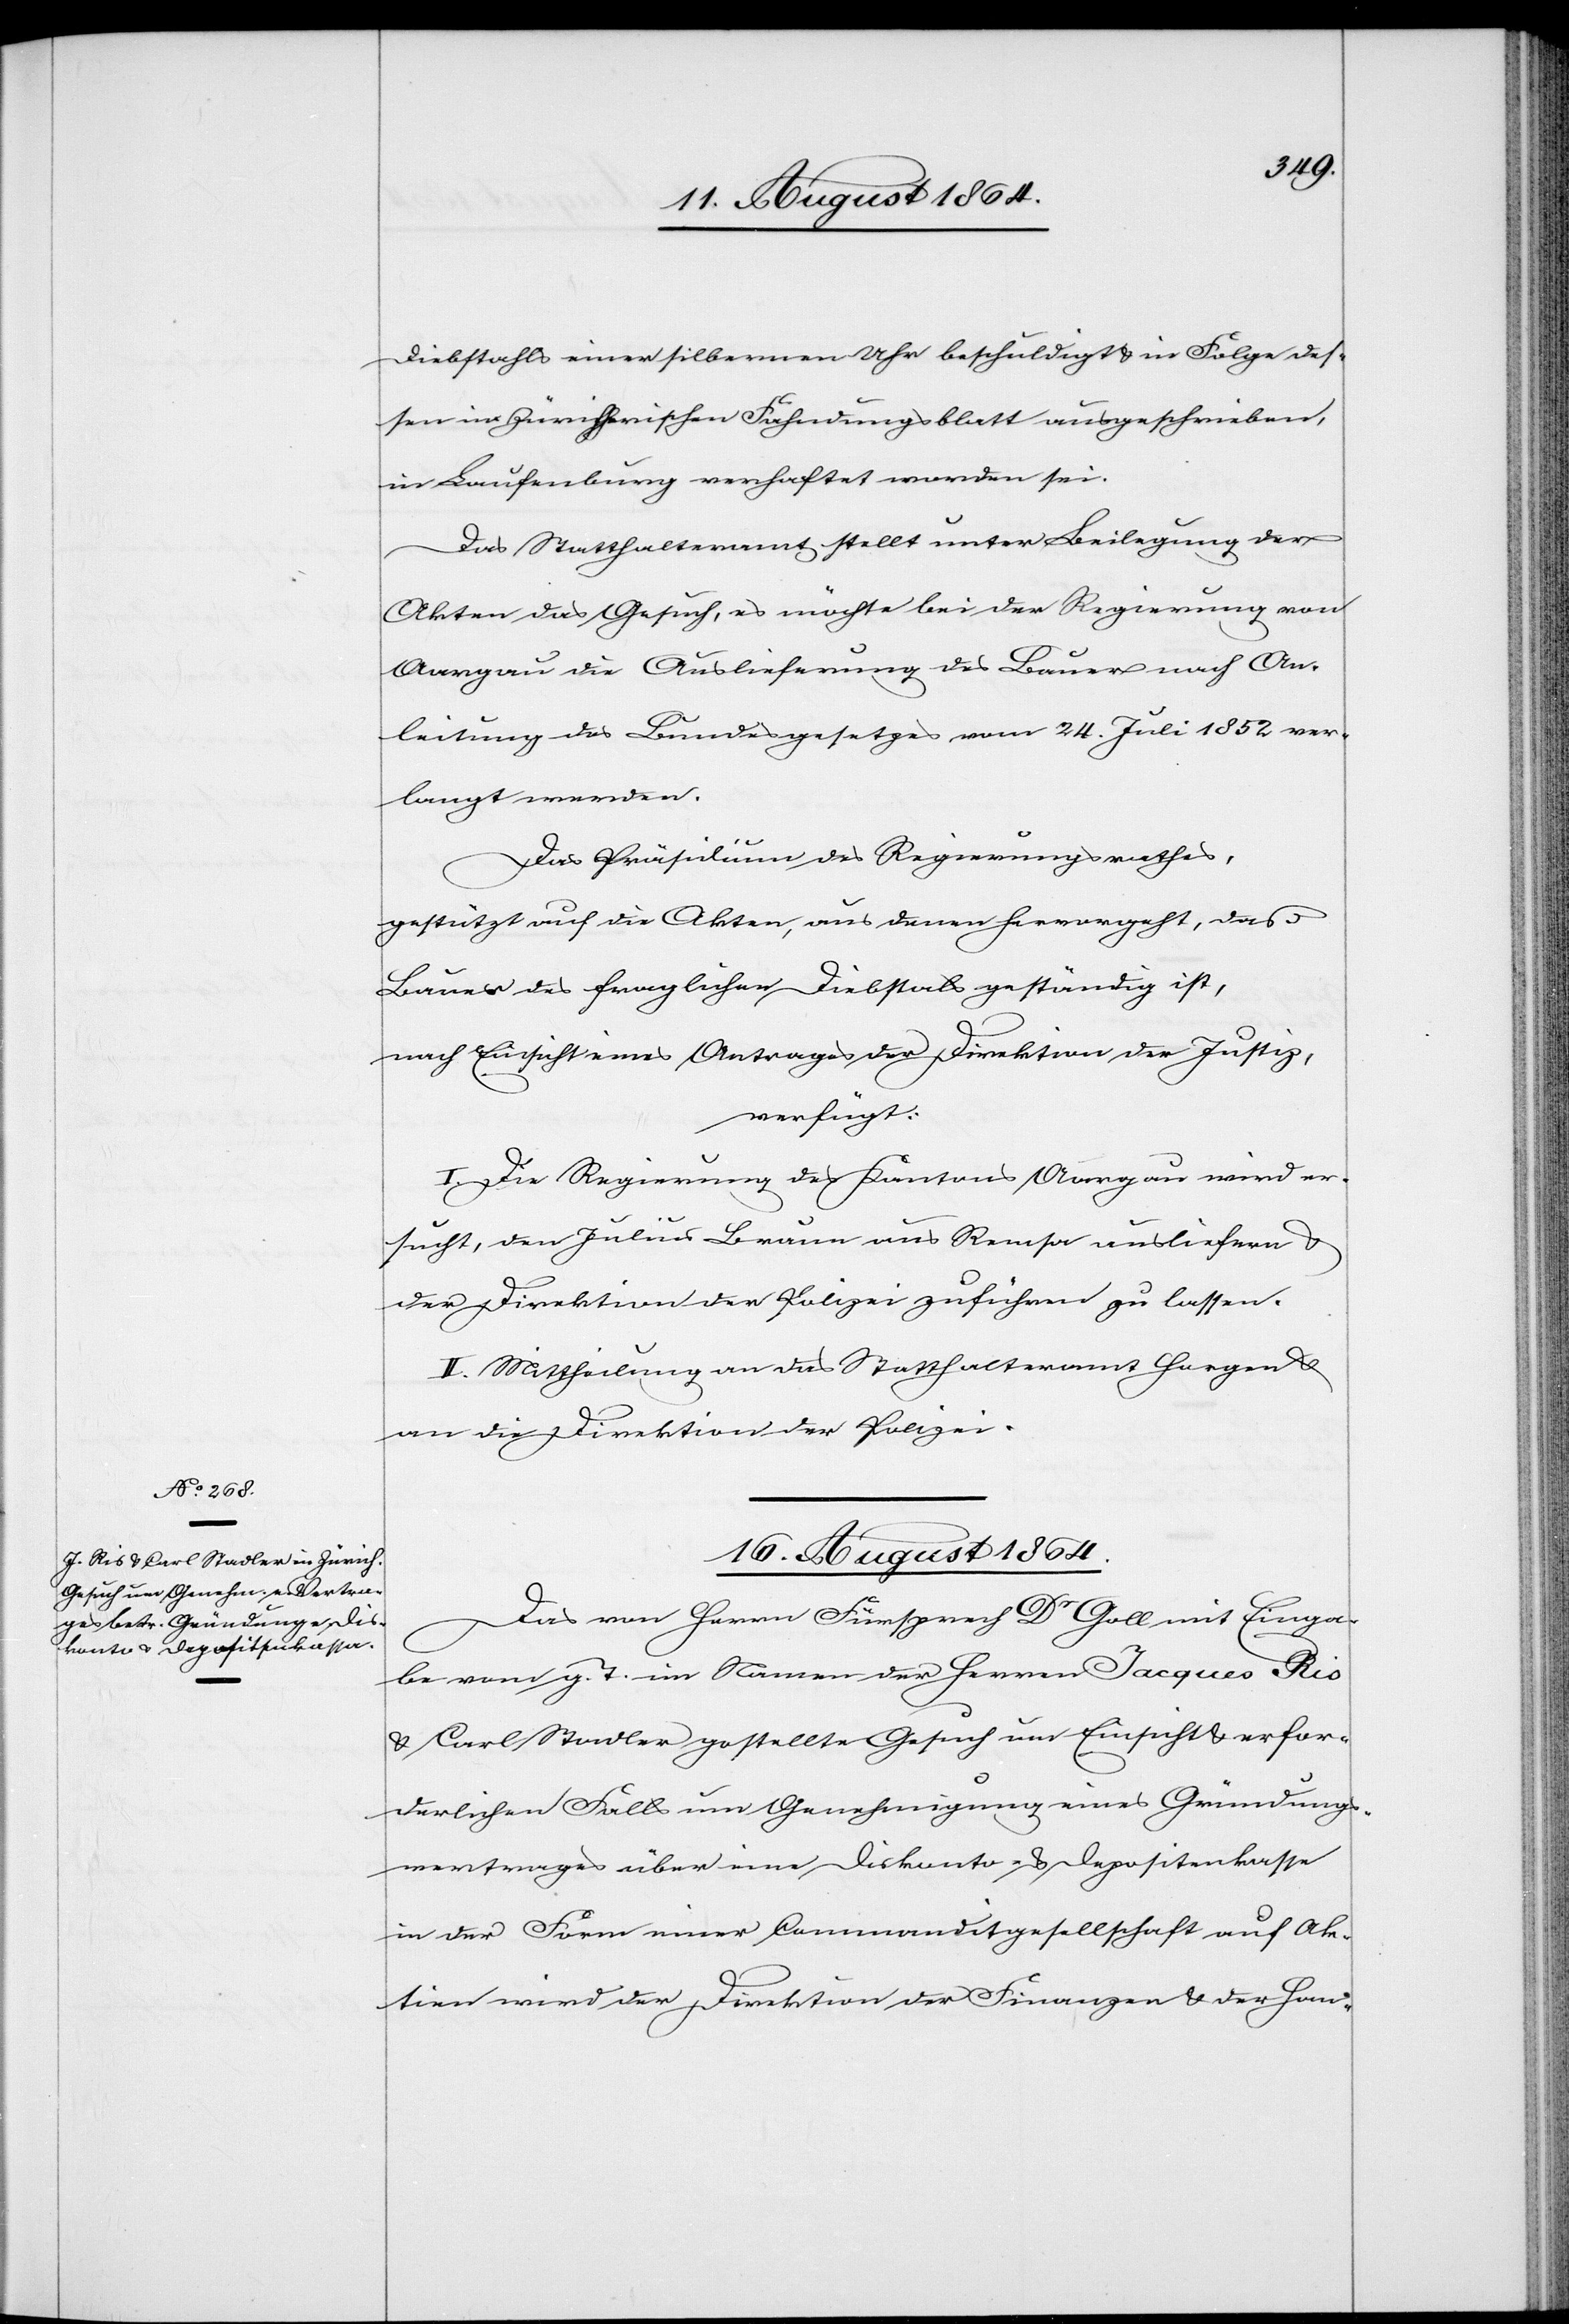
Diebstahls einer silbernen Uhr beschuldigt & in Folge des¬
sen im Zürcherischen Fahndungsblatt ausgeschrieben,
in Laufenburg verhaftet worden sei.
Das Statthalteramt stellt unter Beilegung der
Akten das Gesuch, es möchte bei der Regierung von
Aargau die Auslieferung des Bauer nach An¬
leitung des Bundesgesetzes vom 24. Juli 1852 ver¬
langt werden.
Das Präsidium des Regierungsrathes,
gestützt auf die Akten, aus denen hervorgeht, daß
Bauer des fraglichen Diebstals geständig ist,
nach Einsicht eines Antrages der Direktion der Justiz
verfügt:
I. die Regierung des Kantons Aargau wird er¬
sucht, den Julius Bauer aus Remsa ausliefern &
der Direktion der Polizei zuführen zu lassen.
II. Mittheilung an das Statthalteramt Horgen &
an die Direktion der Polizei.
16. August 1864.
Das von Herrn Fürsprech Dr Goll mit Einga¬
be vom g. T. im Namen der Herren Jaques Ris
& Carl Stadler gestellte Gesuch um Einsicht & erfor¬
derlichen Falls um Genehmigung eines Gründungs¬
vertrages über eine Diskonto- & Depositenkasse
in der Form einer Commanditgesellschaft auf Ak¬
tien wird der Direktion der Finanzen & der Han-